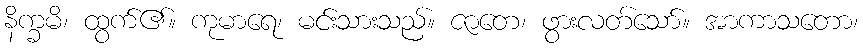
နိက္ခမိ၊ ထွက်၏။ ကုမာရေ၊ မင်းသားသည်။ ဇာတေ၊ ဖွားလတ်သော်။ အာကာသတော၊